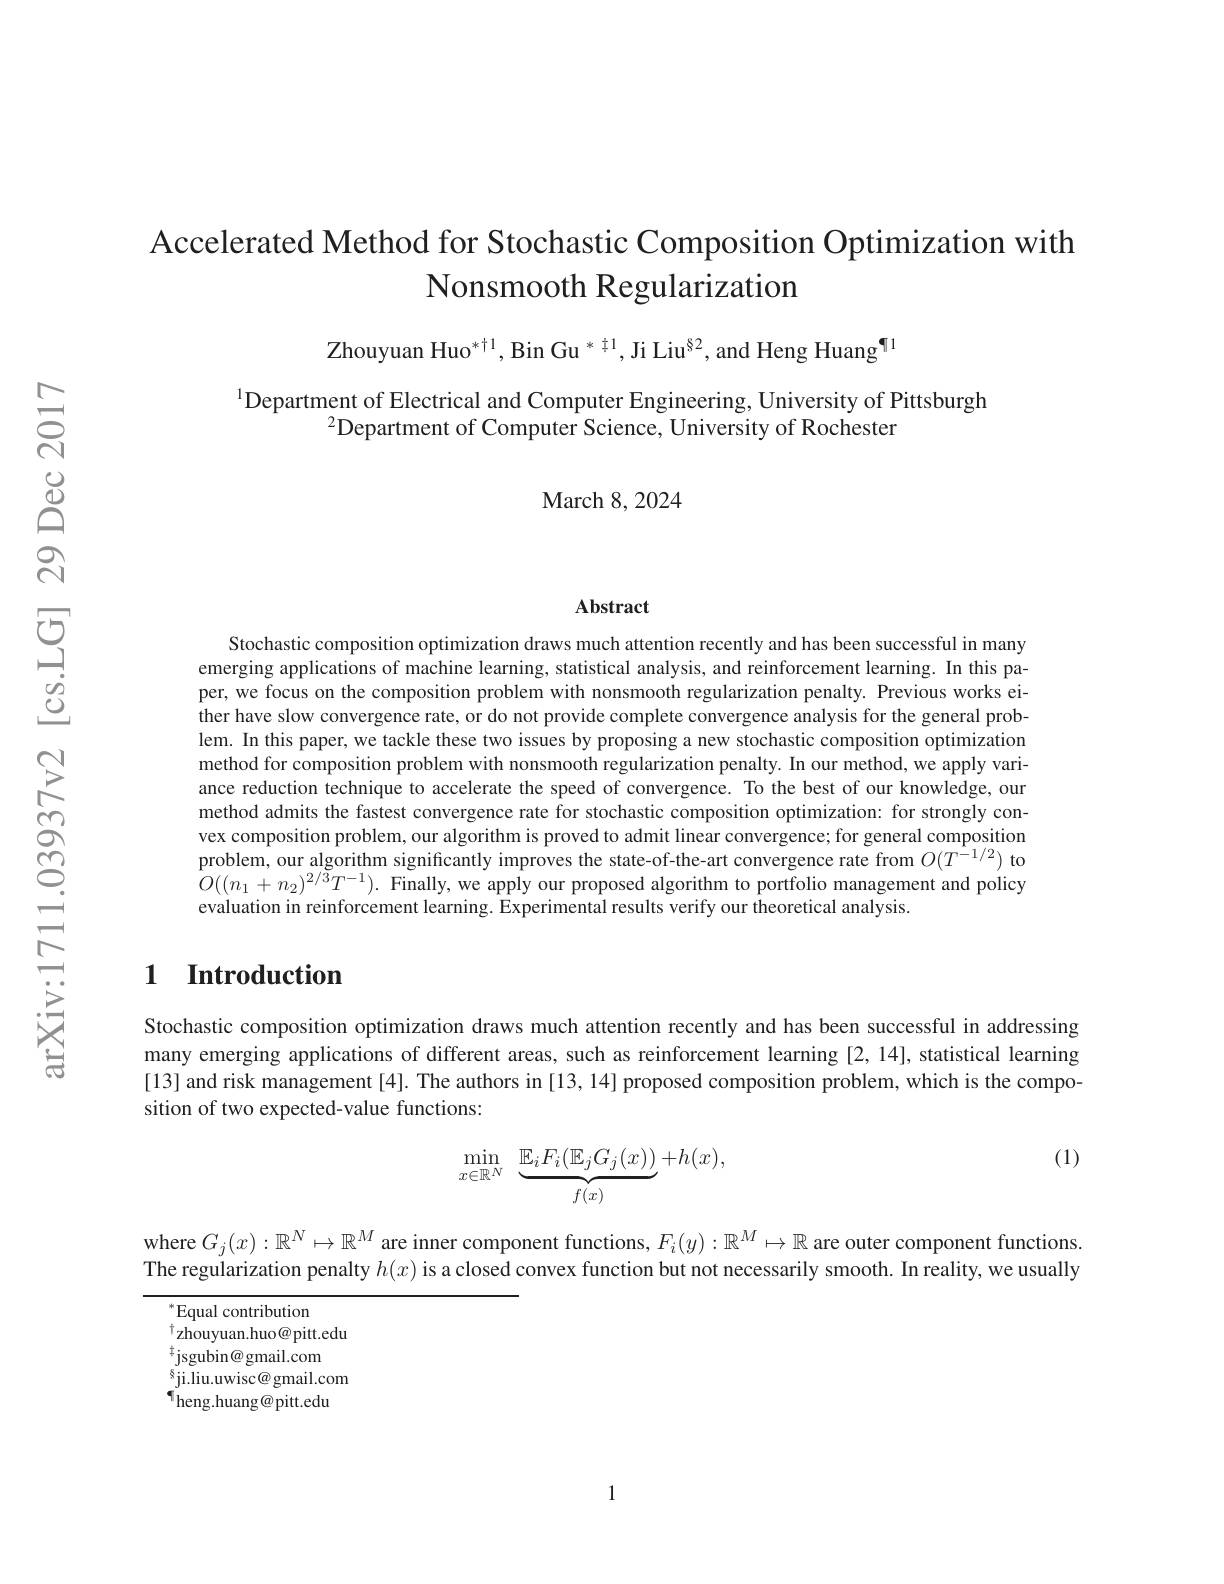
# Accelerated Method for Stochastic Composition Optimization with Nonsmooth Regularization

Zhouyuan Huo$^{*+1},\text{BinGu}^{*\text{}1},\text{JiLiu}^{82}$,and Heng Huang$^{\P1}$

$^{1}$Department of Electrical and Computer Engineering, University of Pittsburgh
$^{2}$Department of Computer Science, University of Rochester
March 8, 2024

Abstract

Stochastic composition optimization draws much attention recently and has been successful in many emerging applications of machine learning, statistical analysis, and reinforcement learning. In this paper, we focus on the composition problem with nonsmooth regularization penalty. Previous works either have slow convergence rate, or do not provide complete convergence analysis for the general problem. In this paper, we tackle these two issues by proposing a new stochastic composition optimization method for composition problem with nonsmooth regularization penalty. In our method, we apply variance reduction technique to accelerate the speed of convergence. To the best of our knowledge, our method admits the fastest convergence rate for stochastic composition optimization: for strongly convex composition problem, our algorithm is proved to admit linear convergence; for general compositiom problem, our algorithm significantly improves the state-of-the-art convergence rate from $O(T^{-1/2})$ to $O((n_{1}+n_{2})^{2/3}T^{-1}).$ Finally, we apply our proposed algorithm to portfolio management and policy evaluation in reinforcement learning. Experimental results verify our theoretical analysis

## 1 Introduction

Stochastic composition optimization draws much attention recently and has been successful in addressing many emerging applications of different areas, such as reinforcement learning [2,14], statistical learning [13] and risk management [4]. The authors in [13, 14] proposed composition problem, which is the composition of two expected-value functions:

(1)
$$\min\limits_{x\in\mathbb{R}^N}\underbrace{\mathbb{E}_iF_i(\mathbb{E}_jG_j(x))}_{f(x)}+h(x),$$
where $G_j(x):\mathbb{R}^N\mapsto\mathbb{R}^M$ are inner component functions, $F_i(y):\mathbb{R}^M\mapsto\mathbb{R}$ are outer component functions. The regularization penalty $h(x)$ is a closed convex function but not necessarily smooth. In reality, we usually

$^{*}$Equal contribution
$^{\dagger}$zhouyuan.huo@pitt.edu
$^{\dagger}$jsgubin@gmail.com
$^{8}$ji.liu.uwisc@ gmail.com $^{\P}$heng.huang@pitt.edu